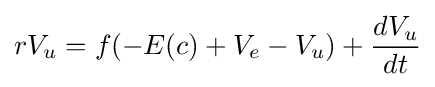
rV_{u}=f(-E(c)+V_{e}-V_{u})+{\frac {dV_{u}}{dt}}